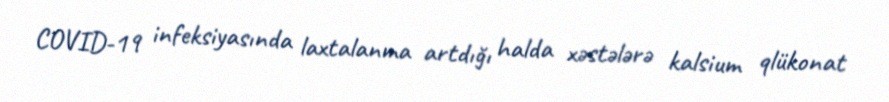
COVID-19 infeksiyasında laxtalanma artdığı halda xəstələrə kalsium qlükonat